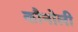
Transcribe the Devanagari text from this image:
कौनोली